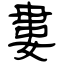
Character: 婁